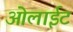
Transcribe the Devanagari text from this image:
ओलाईट